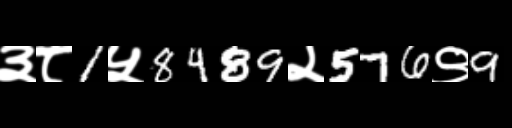
Text: ३८1५8489२576९9